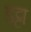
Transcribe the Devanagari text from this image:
डट्टा